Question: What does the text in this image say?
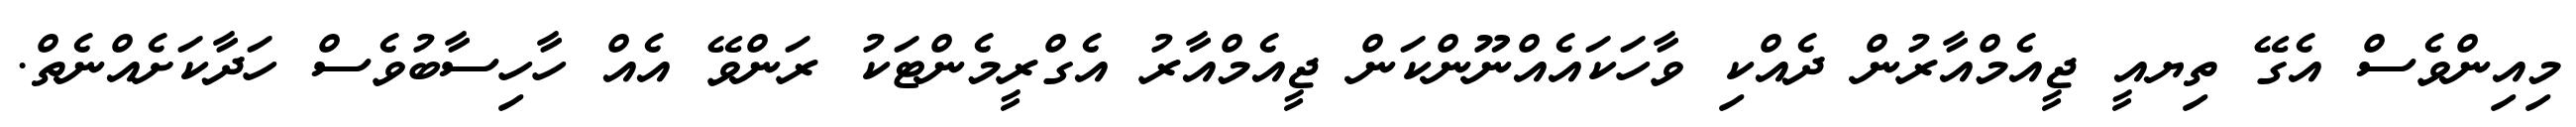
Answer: މިއިންވެސް އެގޭ ތިޔއީ ޖީއެމްއާރުން ދެއްކި ވާހަކައެއްނޫންކަން ޖީއެމްއާރު އެގްރީމެންޓަކު ރަންވޭ އެއް ހާހިސާބުވެސް ހަދާކަށެއްނެތް.